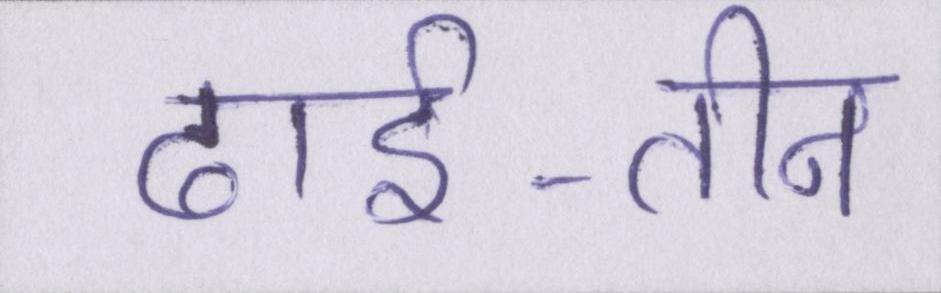
ढाई-तीन